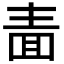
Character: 𭍥